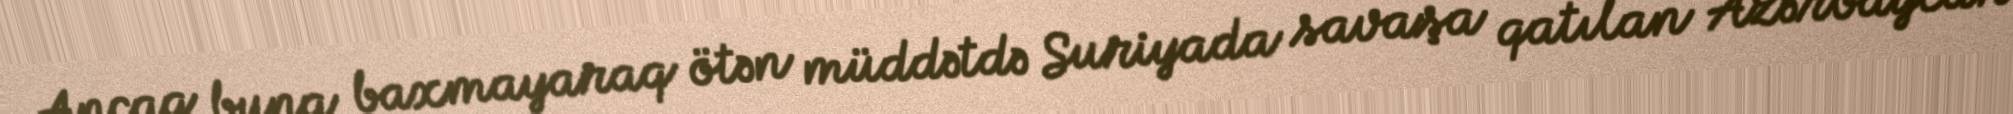
Ancaq buna baxmayaraq ötən müddətdə Suriyada savaşa qatılan Azərbaycan